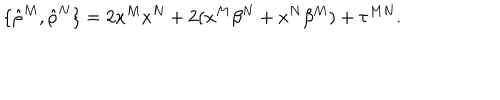
LaTeX: \{ { \hat { \rho } } ^ { M } , { \hat { \rho } } ^ { N } \} = 2 x ^ { M } x ^ { N } + 2 ( x ^ { M } \beta ^ { N } + x ^ { N } \beta ^ { M } ) + \tau ^ { M N } .